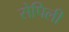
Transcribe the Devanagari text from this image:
सेपिली